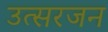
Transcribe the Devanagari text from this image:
उत्सरजन